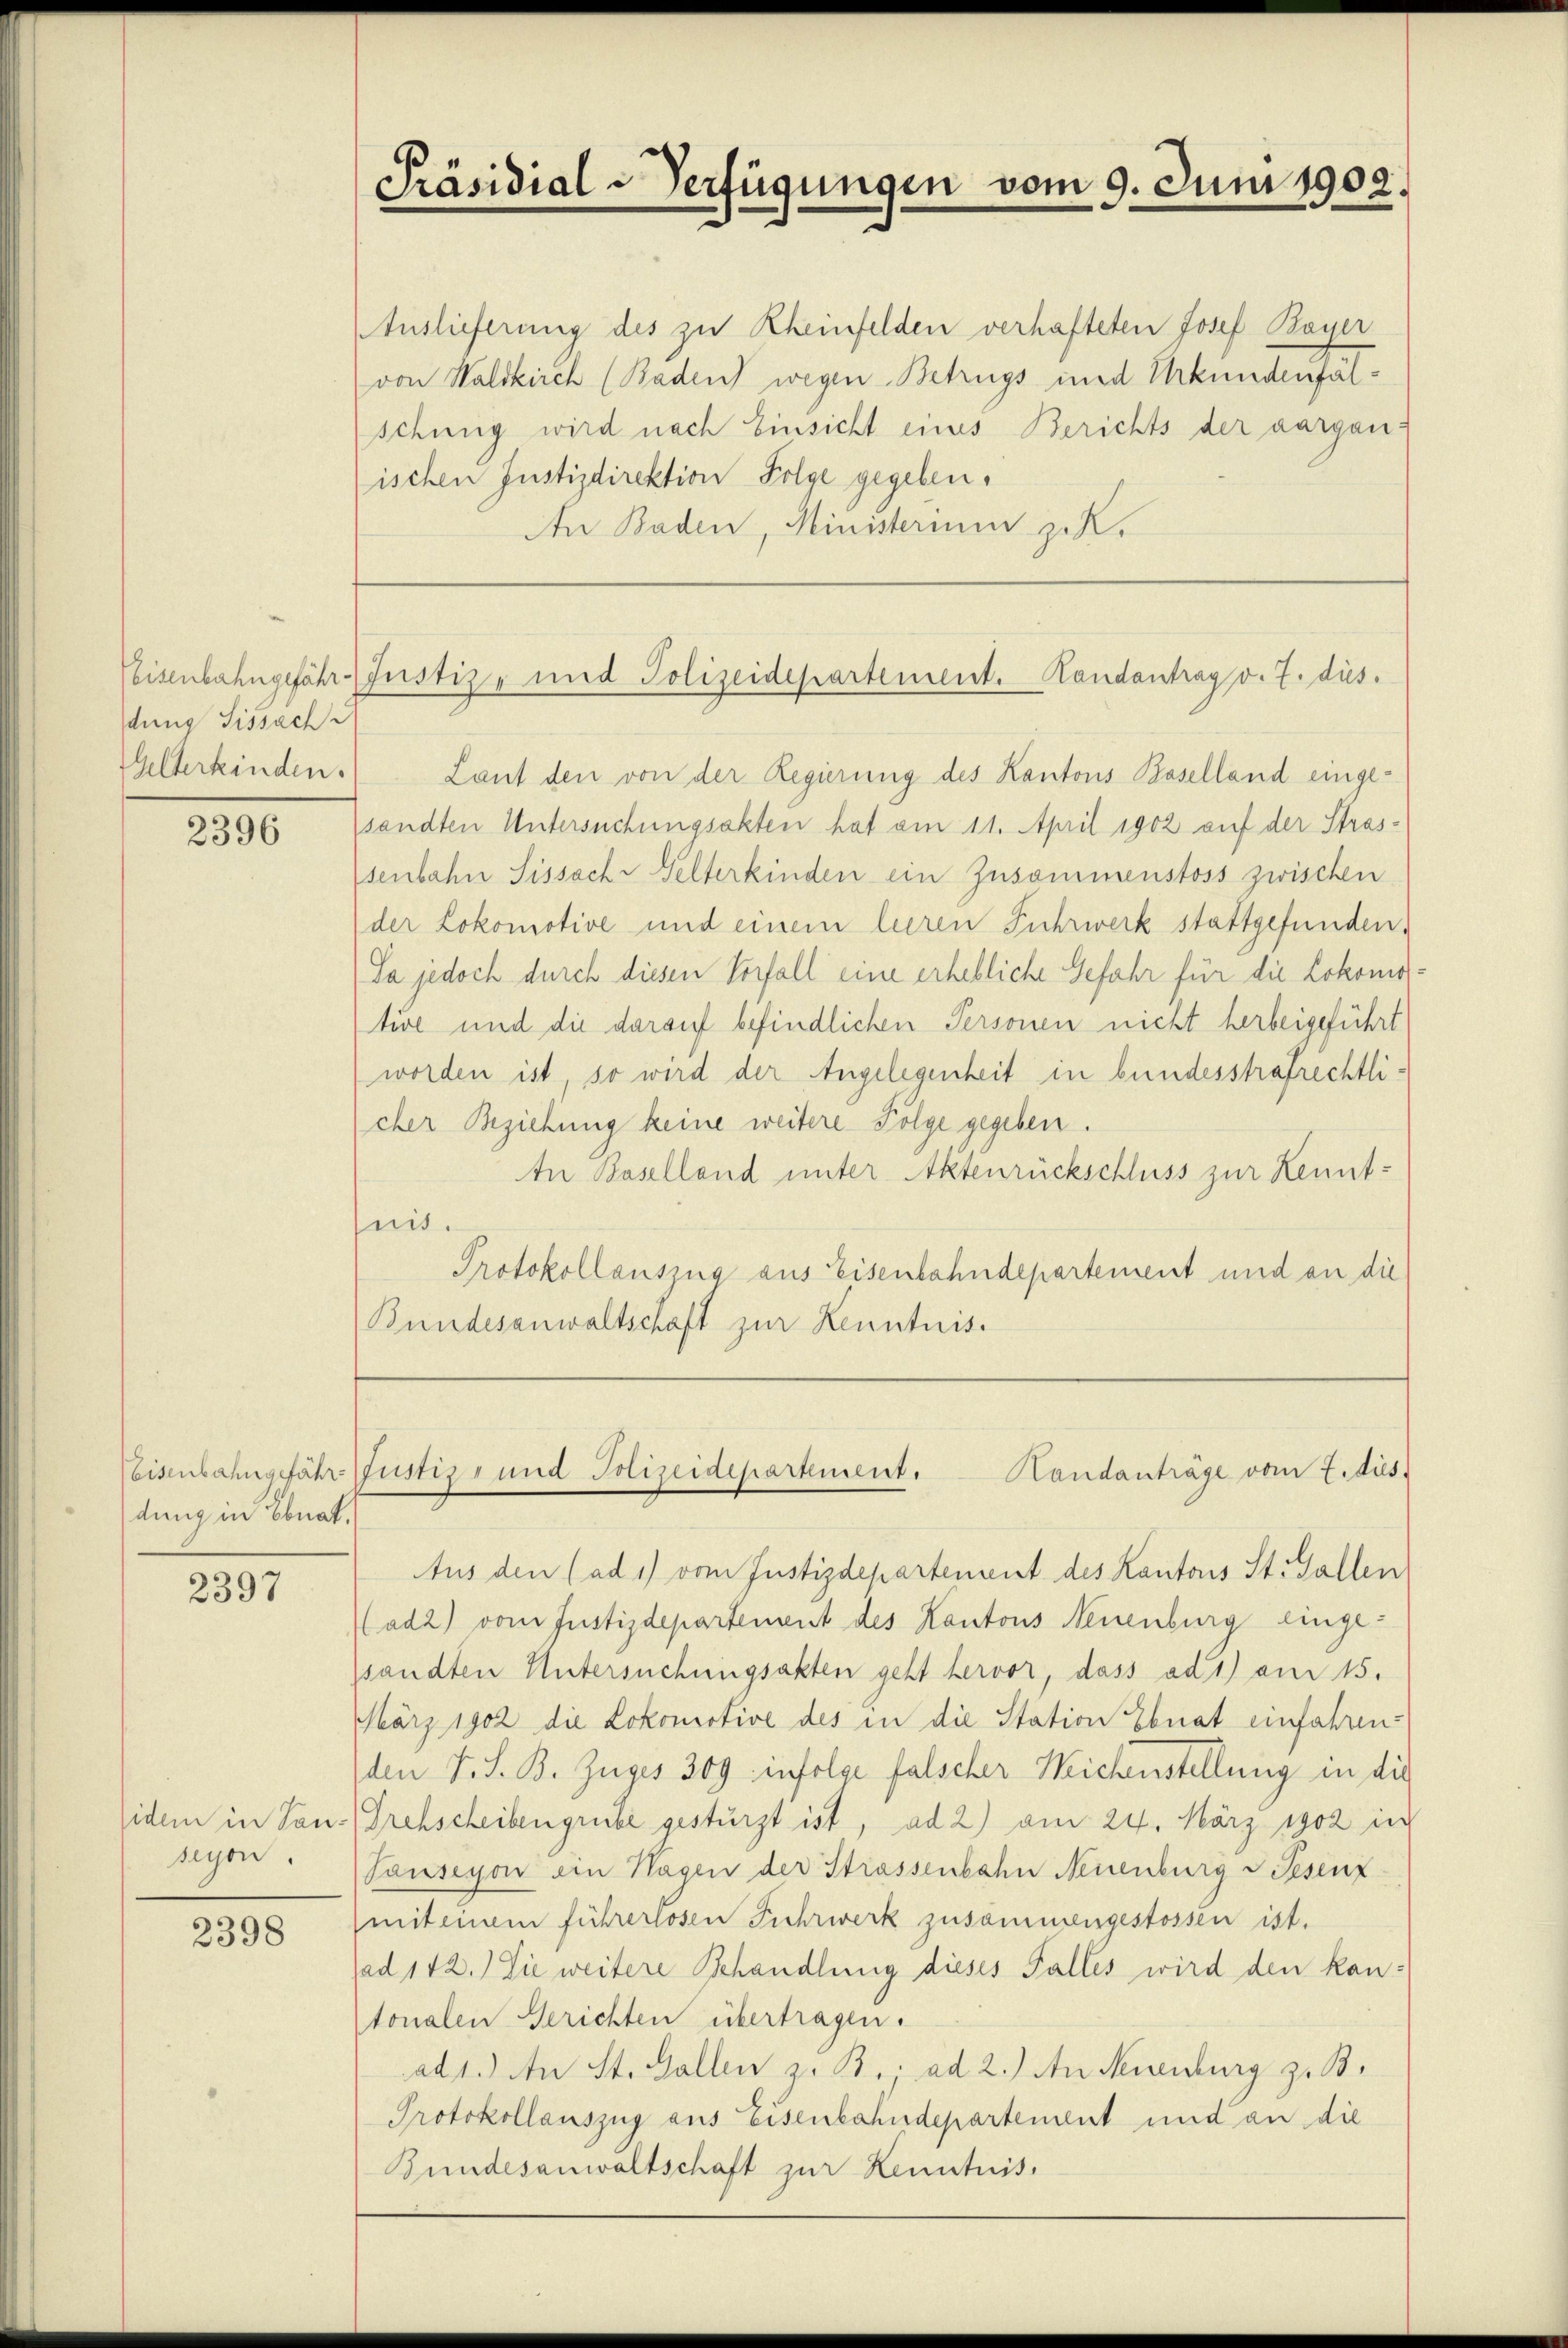
dung Sissach
Gelterkinden.

2396

dung in Ebnat.

2397

idem in Tanseyen.

2398

Auslieferung des zu Rheinfelden verhafteten Josef Bayer
von Waldkirch (Baden wegen Betrugs und Urkundenfälschung wird nach Einsicht eines Berichts der aargauischen Justizdirektion Folge gegeben.
An Baden, Ministerium z. K.

Präsidial-Verfügungen vom 9. Juni 1902.

Weisenbahngefähr-Justiz- und Polizeidepartement. Handantrag v. 7. dies

Laut den von der Regierung des Kantons Baselland eingesandten Untersuchungsakten hat am 11. April 1902 auf der Strassenbahn Sissache Gelterkinden ein Zusammenstoss zwischen
der Lokomotive und einem leeren Fuhrwerk stattgefunden.
Da jedoch durch diesen Vorfall eine erhebliche Gefahr für die Lokomotive und die darauf befindlichen Personen nicht herbeigeführt
worden ist, so wird der Angelegenheit in bundesstrafrechtlicher Beziehung keine weitere Folge gegeben.
In Baselland unter Aktenrückschluss zur Kennt-
eit.
Protokollauszug aus Eisenbahndepartement und an die
Bundesanwaltschaft zur Kenntnis.

Ceisenbahngefähr Justiz- und Polizeidepartement.
Handanträge vom 7. dies

Aus den (ad 1) vom Justizdepartement des Kantons St. Gallen
ad2) vom Justizdepartement des Kantons Neuenburg eingesandten Untersuchungsakten geht hervor, dass ad 1) am 15.
März 1902 die Lokomotive des in die Station Ebnat einfahren
dden F. S. B. Zuges 309 infolge falscher Weichenstellung in die
Grehscheibengrube gestürzt ist, ad 2) am 24. März 1902 in
Pauseyon ain Hagen der Strassenbahn Neuenburg v. Pesenz
(mit einem führerlosen Fuhrwerk zusammengestossen ist.
ad 142.) Sie weitere Behandlung dieses Falles wird den kantonalen Gerichten übertragen.
ad1.) An St. Gallen z. B. ad 2.) An Muenburg z. B.
Protokollauszug aus Eisenbahndepartement und an die
Bundesanwaltschaft zur Kenntnis.